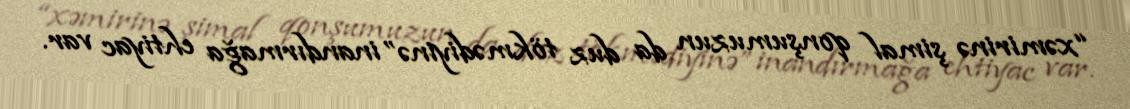
“xəmirinə şimal qonşumuzun da duz tökmədiyinə” inandırmağa ehtiyac var.